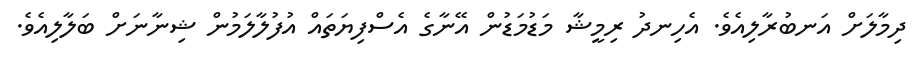
ދިމާލަށް އަނބުރާލިއެވެ. އެހިނދު ރިމީޝާ މަޑުމަޑުން އޭނާގެ އެސްފިޔަތައް އުފުލާލަމުން ޝިނާނަށް ބަލާލިއެވެ.